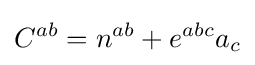
C^{ab}=n^{ab}+e^{abc}a_{c}